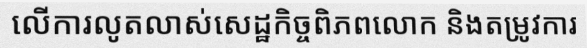
លើការលូតលាស់សេដ្ឋកិច្ចពិភពលោក និងតម្រូវការ